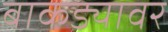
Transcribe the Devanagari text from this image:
बाकड्यावर